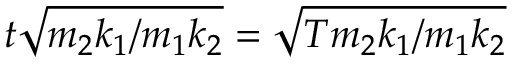
t { \sqrt { m _ { 2 } k _ { 1 } / m _ { 1 } k _ { 2 } } } = { \sqrt { T m _ { 2 } k _ { 1 } / m _ { 1 } k _ { 2 } } }